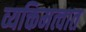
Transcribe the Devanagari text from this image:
व्यक्तिमत्वात